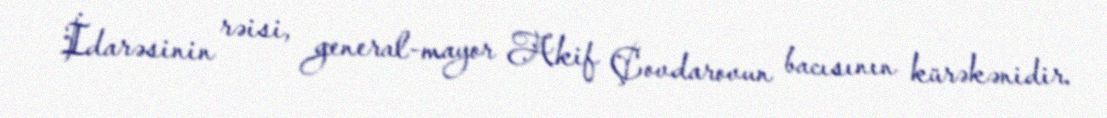
İdarəsinin rəisi, general-mayor Akif Çovdarovun bacısının kürəkənidir.